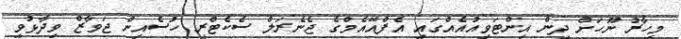
މިހާރު ނޫހަށް ދިން އިންޓަވިއުއެއްގައި އެފްއޭއެމްގެ ޖެނެރަލް ސެކެޓްރީ ހުސެއިން ޖަވާޒް ވިދާޅުވީ